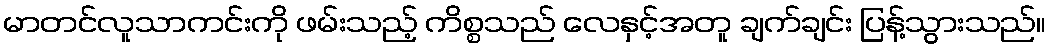
မာတင်လူသာကင်းကို ဖမ်းသည့် ကိစ္စသည် လေနှင့်အတူ ချက်ချင်း ပြန့်သွားသည်။